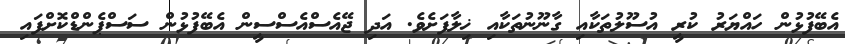
އެބޭފުޅުން ހައްޔަރު ކުރީ އުސޫލުތަކާއި ގާނޫނުތަކާއި ޚިލާފަށެވެ. އަދި ޖޭއެސްއެސްސީން އެބޭފުޅުން ސަސްޕެންޑްކޮށްފައި